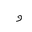
Letter: _waw